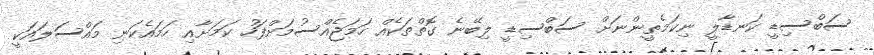
ސަބްސިޑީ ކަނޑާލީ ނިކަމެތީންނަށް ސަބްސިޑީ ލިބޭނެ ގޮތްތަކެއް ހަމަޖެއްސުމަށްފަހު ކަމަށާއި ހަމައެކަނި މައްސަލައަކީ